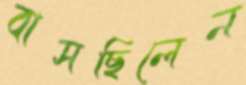
বাসছিলেন